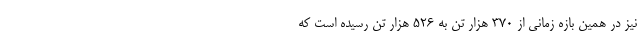
نیز در همین بازه زمانی از 370 هزار تن به 526 هزار تن رسیده است که